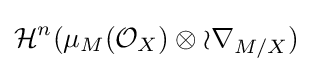
{\mathcal {H}}^{n}(\mu _{M}({\mathcal {O}}_{X})\otimes {\mathcal {or}}_{M/X})